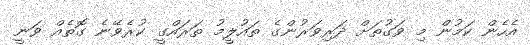
އެހެން ކަމުން މި ވަގުތަށް ދަރިވަރުންގެ ތައުލީމު ތަރައްގީ ކުރެވޭނެ ގޮތެއް ވަނީ